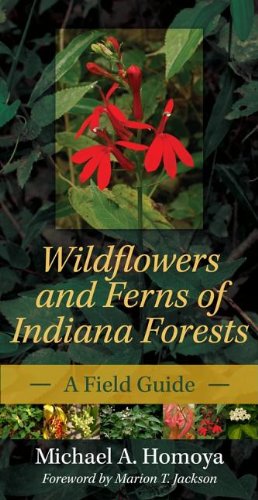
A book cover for Wildflowers and Ferns of Indiana Forests: A Field Guide (Indiana Natural Science); Michael A. Homoya; Science & Math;